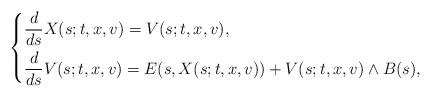
LaTeX: \begin{align*}\left\{\begin{aligned}& \frac{d}{ds}X(s;t,x,v)=V(s;t,x,v),\\& \frac{d}{ds}V(s;t,x,v)=E(s,X(s;t,x,v))+V(s;t,x,v) \wedge B(s),\end{aligned}\right.\end{align*}